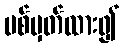
ပစ်မှတ်ထား၍